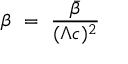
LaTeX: \beta ~ = ~ { \frac { \bar { \beta } } { ( \Lambda c ) ^ { 2 } } }